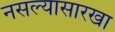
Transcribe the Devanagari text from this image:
नसल्यासारखा